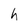
Character: h